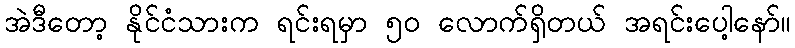
အဲဒီတော့ နိုင်ငံသားက ရင်းရမှာ ၅၀ လောက်ရှိတယ် အရင်းပေါ့နော်။